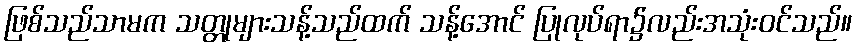
ဖြစ်သည်သာမက သတ္တုများသန့်သည်ထက် သန့်အောင် ပြုလုပ်ရာ၌လည်းအသုံးဝင်သည်။